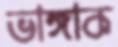
ভাঙ্গাক